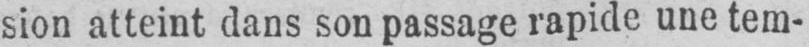
sion atteint dans son passage rapide une tem-